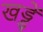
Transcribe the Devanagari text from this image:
खड्डें